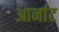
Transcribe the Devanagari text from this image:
आर्नाट